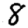
Digit: 8